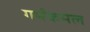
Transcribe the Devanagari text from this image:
गर्भकमल